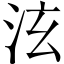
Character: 泫